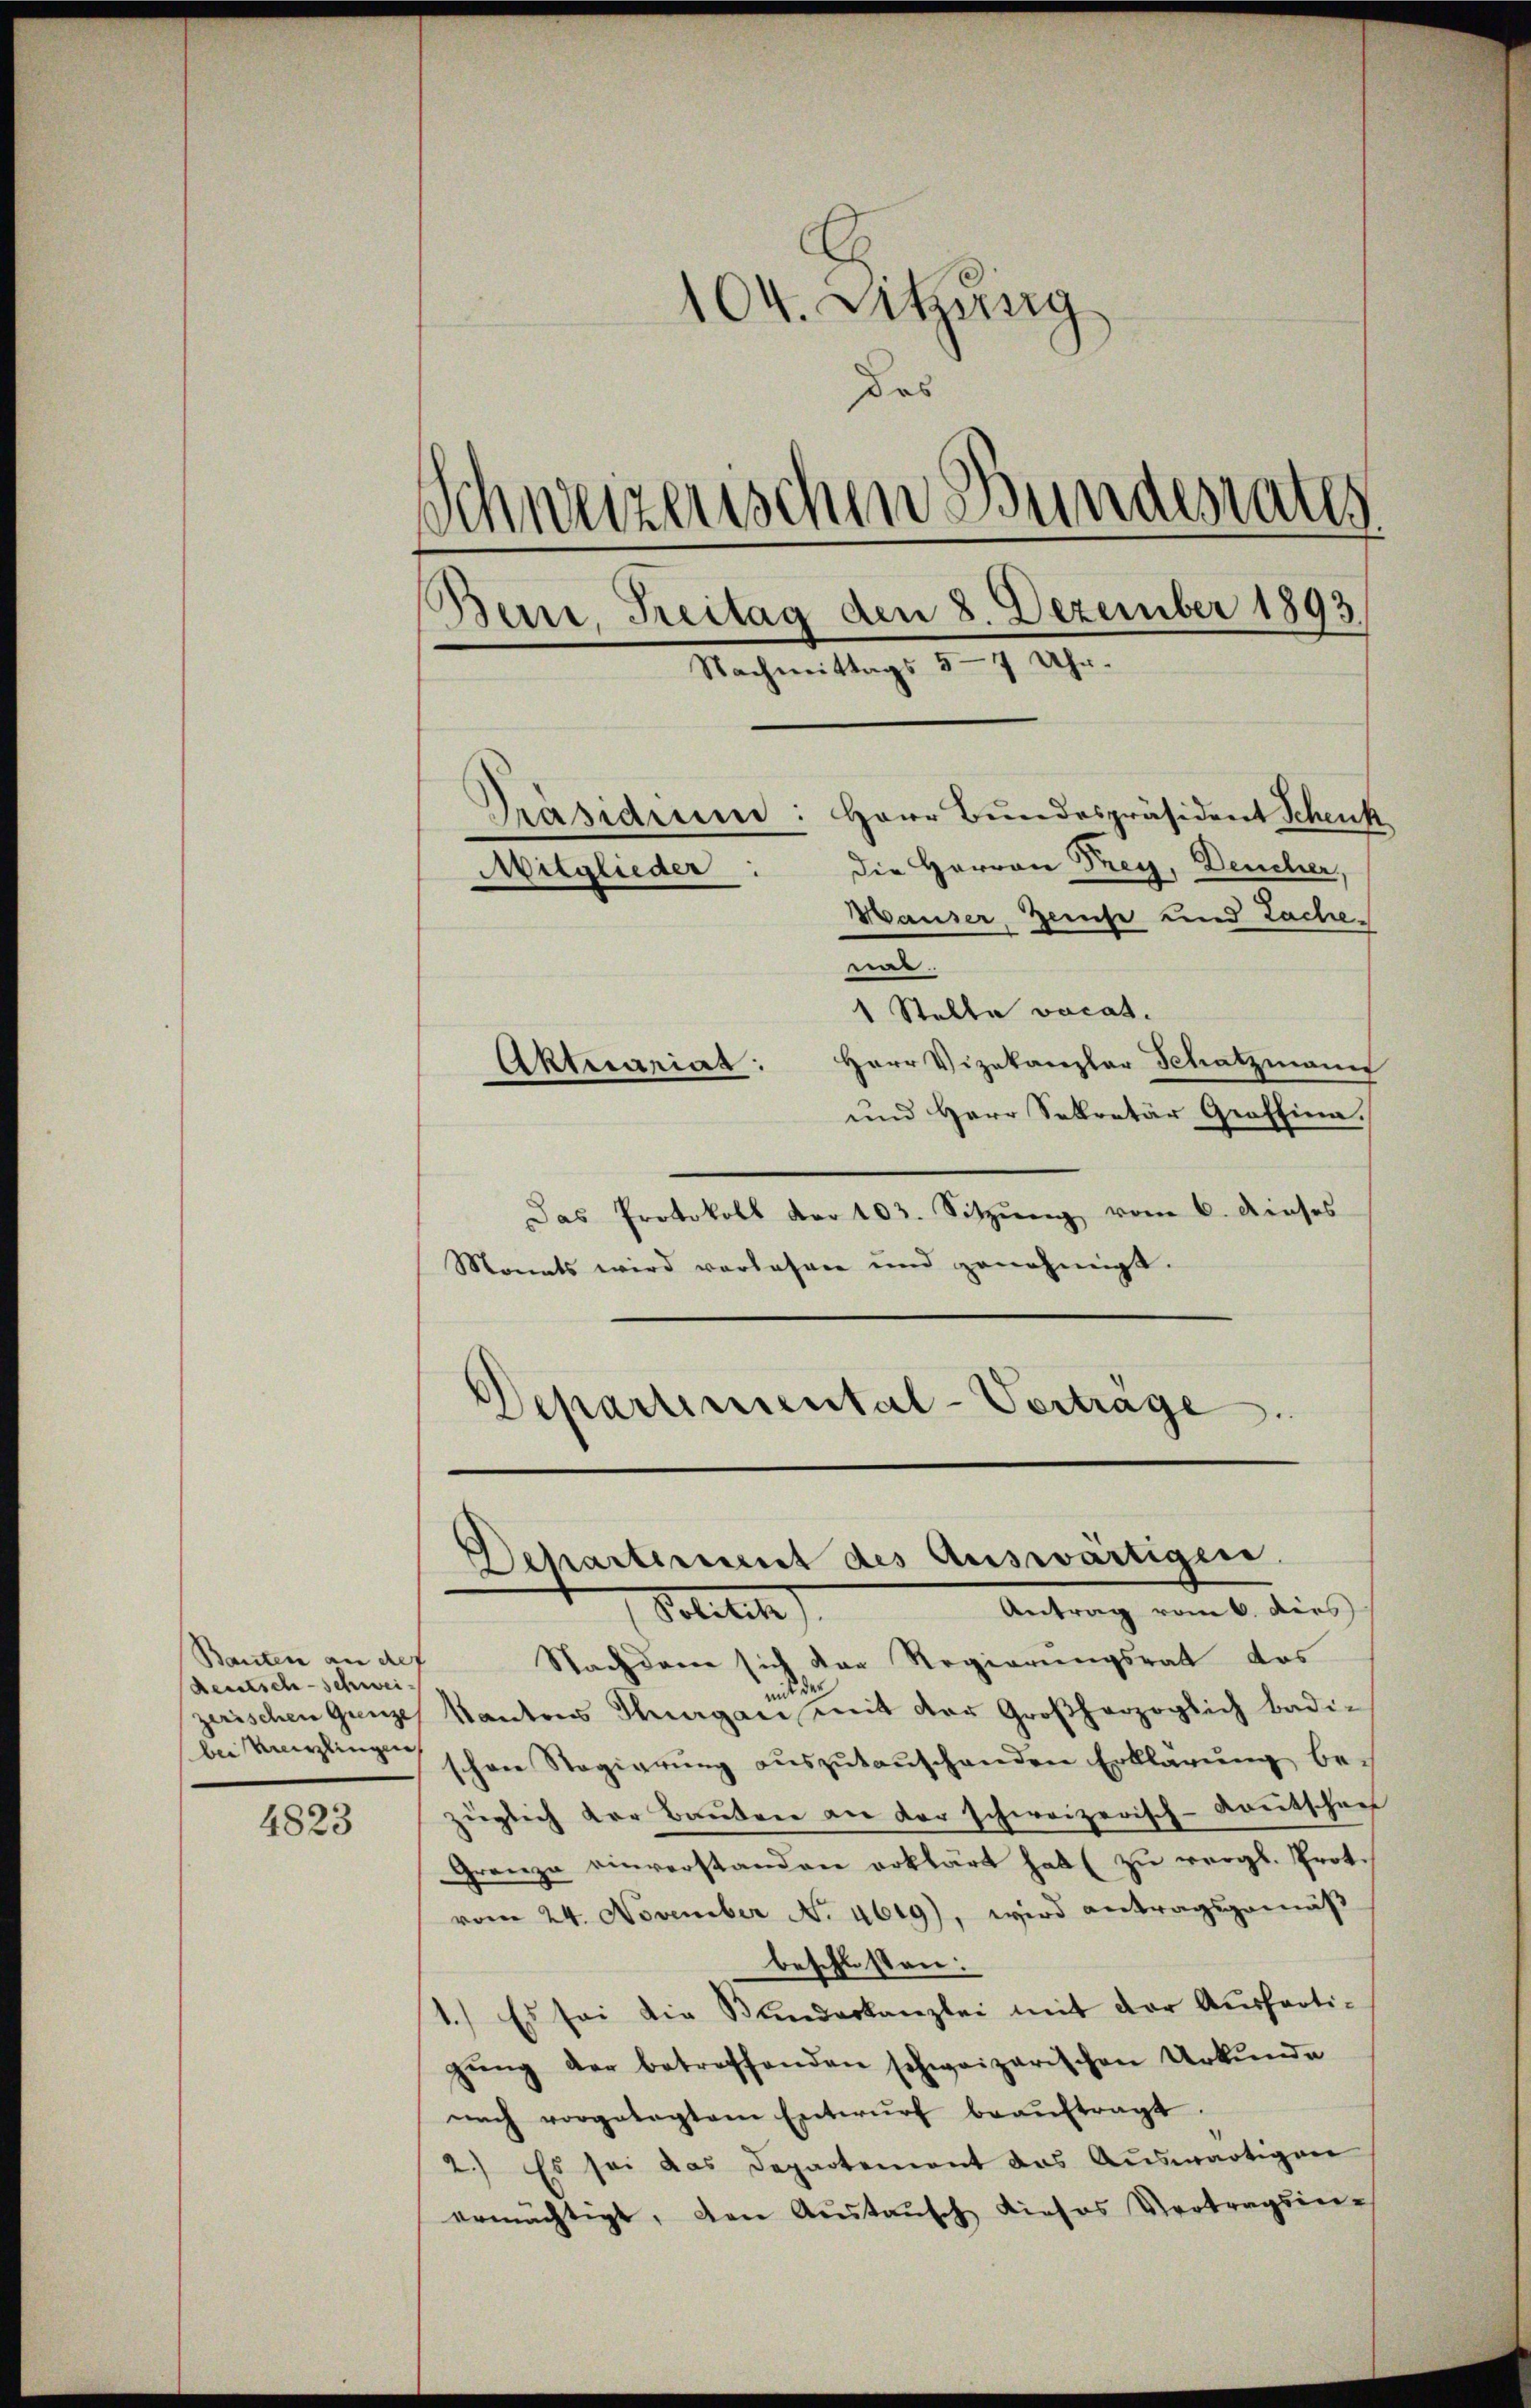
Bauten an def
deutsch-schwei
bei mirlingen,

4823

E
104. Sitzung
dos
Schweizerischen Bundesrates
Beine, Treitag den 8. Dezember 1893
Nachmittags 5-7 Uhr.
Präsidium: Herr Bundespräsident Schenk
die Herren Frey, Deucher,
Mitglieder:
Wauser Zeite und Lachenat.
1 Stelle vocat.
Aktecariat: Herr Vizekanzlar Schatzmann
und Herr Sekretär Graffina.

Das Protokoll der 103. Sitzŭng vom 6. dieses
Monats wird vorlesen und genehmigt.
Departimental-Vertrage

Nachdem sich der Regierungsrat das
nid der
zerischen Ganze Kantons Thurgan mit der Großherzoglich badischon Regierung auszutauschenden Erklärung bezüglich der Bauten an der schweizerisch-Kantschaef
Granze einverstanden erklärt hat zu vergl. Prot.
vom 24. November No. 4619), wird antragsgemäß
beschlossen:
1.) Es sei die Bunderkanzlei mit der Ausfertigŭng der betreffenden schweizerischen Urkunde
nach vorgelegtem Entwŭrf beaŭftragt.
2.) Es sei das Departement das Auswärtigen
ermächtigt, den Aŭstaŭsch dieses Vertragsin-

Departement des Auswärtigen.
Antrag vom 6. dies
Politis